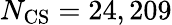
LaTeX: N_{\mathrm{CS}}=24,209